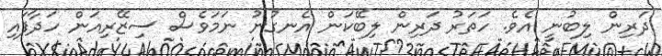
ދަރިން ލިބުނީ އެވެ. ހަތަރު ދަރިން ލިބޭކަން އެނގުނު ނަމަވެސް ސިޒޭރިއަން ހަދާފައި